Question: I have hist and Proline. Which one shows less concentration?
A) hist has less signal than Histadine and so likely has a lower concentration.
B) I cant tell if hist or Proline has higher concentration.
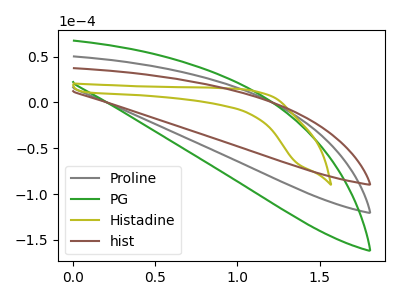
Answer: <think>The gray curve "Proline" has no peaks. The green curve "PG" has no peaks. The olive curve "Histadine" has no peaks. The brown curve "hist" has no peaks.
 Neither "hist" or "Proline" have any peaks.</think>
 <answer>B) I cant tell if "hist" or "Proline" has higher concentration.</answer>
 <eval>B</eval>